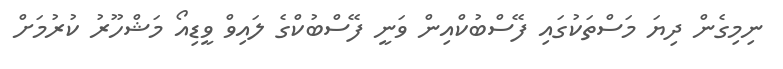
ނިމިގެން ދިޔަ މަސްތަކުގައި ފޭސްބުކްއިން ވަނީ ފޭސްބުކްގެ ލައިވް ވީޑިއޯ މަޝްހޫރު ކުރުމަށް